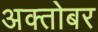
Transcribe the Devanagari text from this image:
अक्तोबर